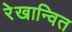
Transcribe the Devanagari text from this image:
रेखान्वित